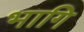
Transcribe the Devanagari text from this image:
भागि